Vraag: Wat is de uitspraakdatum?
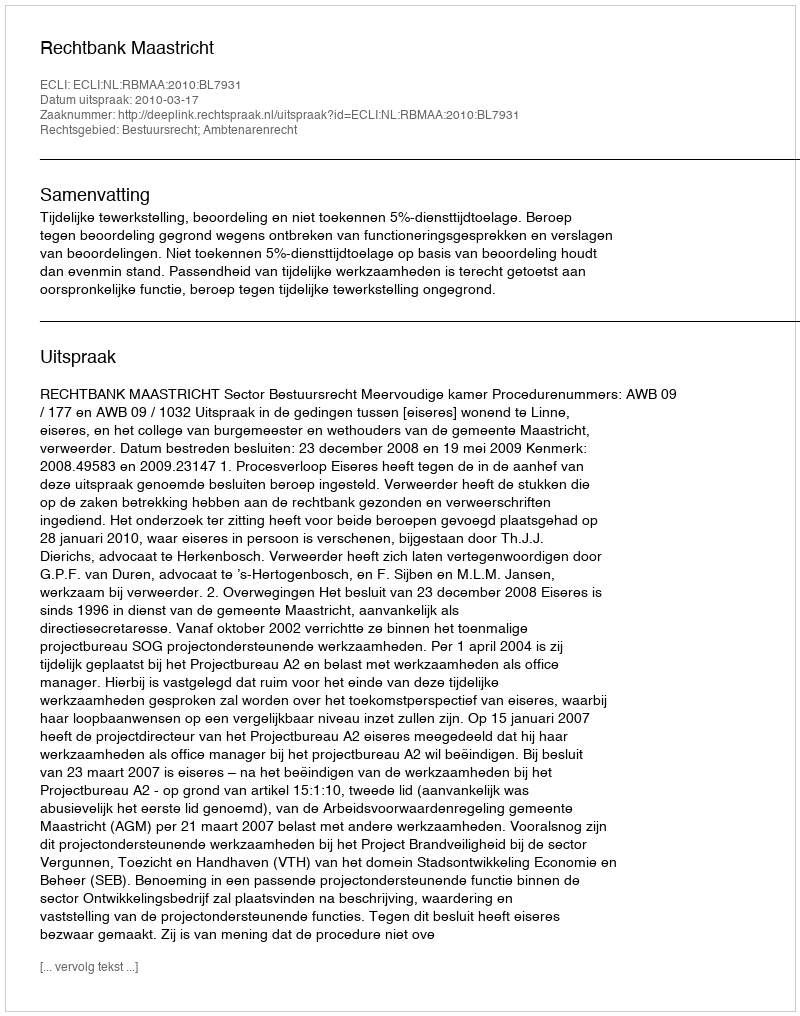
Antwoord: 2010-03-17